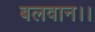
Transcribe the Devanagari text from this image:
बलवान।।